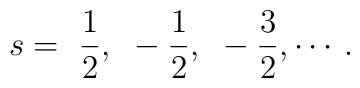
s=~\frac{1}{2},~ -\frac{1}{2},~ -\frac{3}{2},\cdots {\,}.